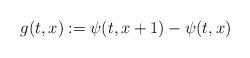
LaTeX: \begin{align*}g(t,x):=\psi(t,x+1)-\psi(t,x)\end{align*}